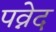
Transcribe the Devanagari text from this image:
पव्नेद